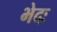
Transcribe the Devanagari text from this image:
भेदः